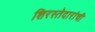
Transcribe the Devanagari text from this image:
शिरस्तेदारांची